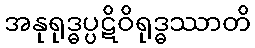
အနုရုဒ္ဓပ္ပဋိဝိရုဒ္ဓဿာတိ